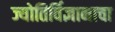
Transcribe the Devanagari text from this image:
ज्योतिर्विज्ञानाचा